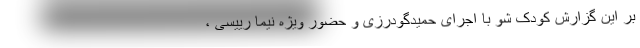
بر این گزارش کودک شو با اجرای حمیدگودرزی و حضور ویژه نیما رییسی ،